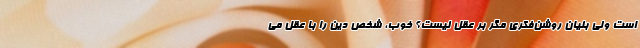
است ولی بنیان روشن‌فکری مگر بر عقل نیست؟ خوب، شخص دین را با عقل می